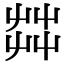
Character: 茻